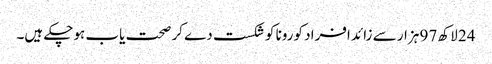
24 لاکھ 97 ہزار سے زائد افراد کورونا کو شکست دے کر صحت یاب ہوچکے ہیں۔